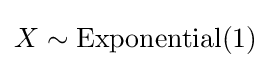
X\sim \mathrm {Exponential} (1)